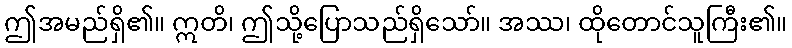
ဤအမည်ရှိ၏။ ဣတိ၊ ဤသို့ပြောသည်ရှိသော်။ အဿ၊ ထိုတောင်သူကြီး၏။